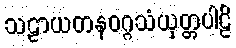
သဠာယတနဝဂ္ဂသံယုတ္တပါဠိ